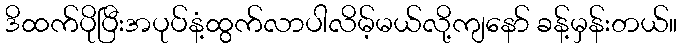
ဒိထက်ပိုပြီးအပုပ်နံ့ထွက်လာပါလိမ့်မယ်လို့ကျနော် ခန့်မှန်းတယ်။